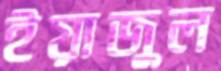
ইয়াজুল